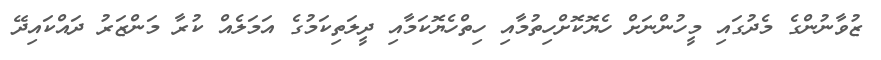
ޒުވާނުންގެ މެދުގައި މީހުންނަށް ހެޔޮކޮށްހިތުމާއި ހިތްހެޔޮކަމާއި ދީލަތިކަމުގެ އަމަލެއް ކުރާ މަންޒަރު ދައްކައިދޭ